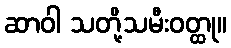
ဆာဝါ သတို့သမီးဝတ္ထု။